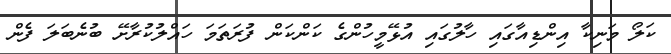
ކަލޯ މަނިކާ އިންޑިއާގައި ހާލުގައި އުޅޭމީހުންގެ ކަންކަން ފުރަތަމަ ހައްލުކުރާށޭ ބުނެބަލަ ފެން